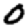
Digit: 0